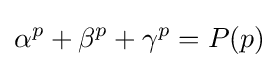
\alpha ^{p}+\beta ^{p}+\gamma ^{p}=P(p)